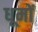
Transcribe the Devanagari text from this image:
धूमों